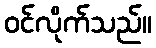
ဝင်လိုက်သည်။